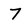
Character: 7